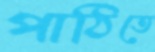
পাঠিতে